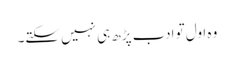
وہ اول تو ادب پڑھ ہی نہیں سکتے۔